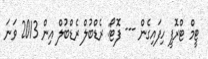
ޓީމް ޓްރޮފީ ހިފައިގެން --- ފޮޓޯ: ރެޑްބުލް ރެޑްބުލް އިން 2013 ވަނަ